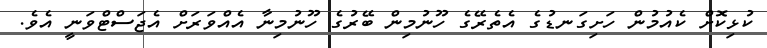
ކުޅިކޮށް ކެއުމުން ހަށިގަނޑުގެ އެތެރޭގެ ހޫނުމިން ބޭރުގެ ހޫނުމިނާ އެއްވަރަށް އެޖަސްޓްވަނީ އެވެ.